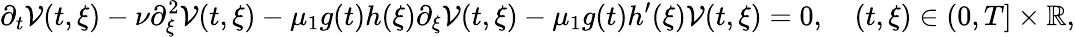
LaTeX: \partial_{t}\mathcal{V}(t,\xi)-\nu\partial_{\xi}^{2}\mathcal{V}(t,\xi)-\mu_{1}g(t)h(\xi)\partial_{\xi}\mathcal{V}(t,\xi)-\mu_{1}g(t)h^{\prime}(\xi)\mathcal{V}(t,\xi)=0,\quad(t,\xi)\in(0,T]\times\mathbb{R},